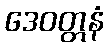
ဒေဝတ္တနံ